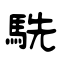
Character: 駪